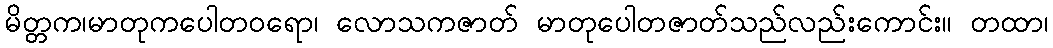
မိတ္တက၊မာတုကပေါတဝရော၊ လောသကဇာတ် မာတုပေါတဇာတ်သည်လည်းကောင်း။ တထာ၊